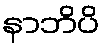
နာဘိပိ